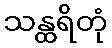
သန္ထရိတုံ